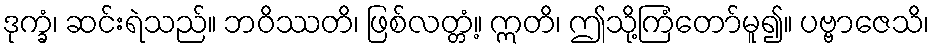
ဒုက္ခံ၊ ဆင်းရဲသည်။ ဘဝိဿတိ၊ ဖြစ်လတ္တံ့။ ဣတိ၊ ဤသို့ကြံတော်မူ၍။ ပဗ္ဗာဇေသိ၊